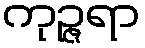
ကုဉ္ဇရာ